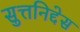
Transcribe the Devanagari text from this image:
सुत्तनिद्देस